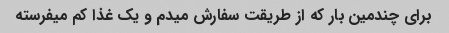
برای چندمین بار که از طریقت سفارش میدم و یک غذا کم میفرسته